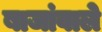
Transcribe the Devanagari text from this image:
बाजांवाले